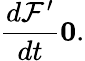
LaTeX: \frac{d\mathcal{F}^{\prime}}{dt}\le 0.